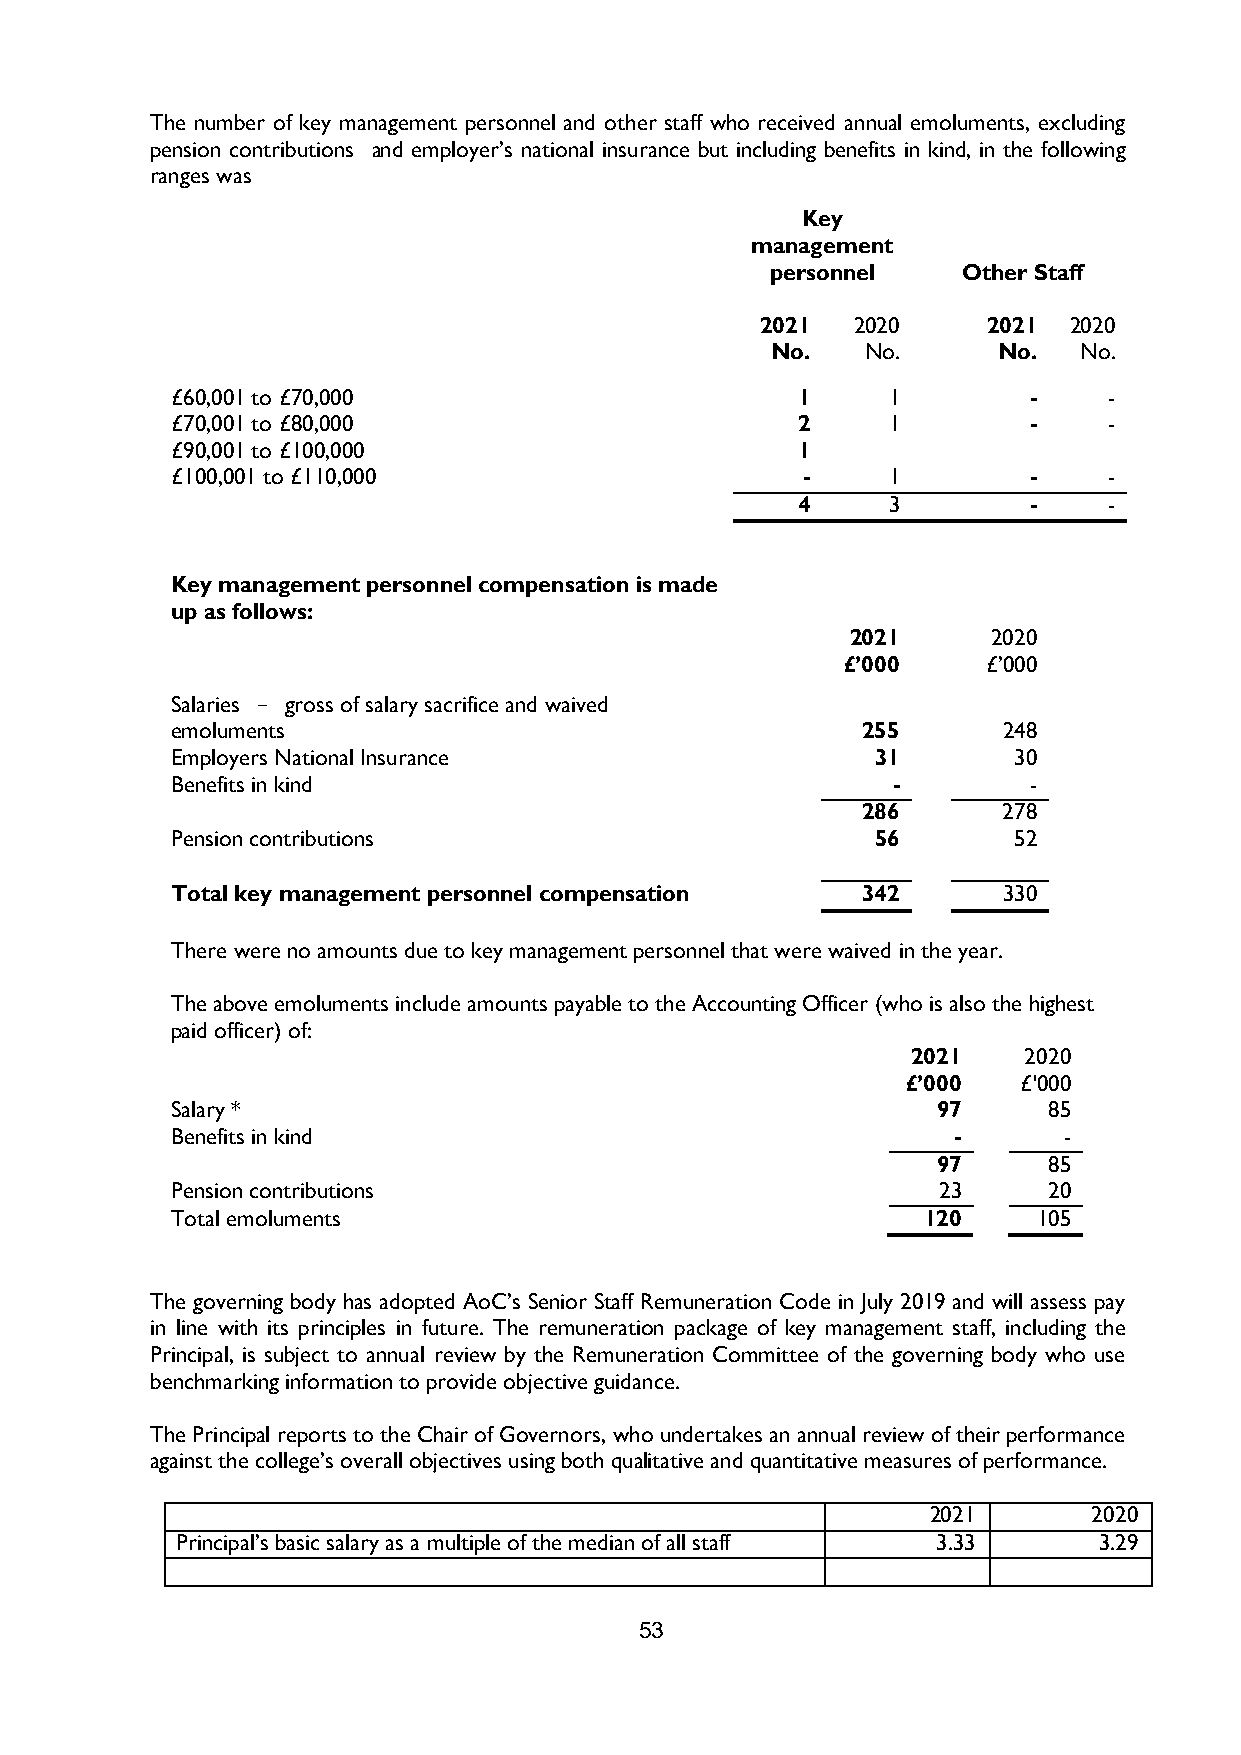
The number of key management personnel and other staff who received annual emoluments, excluding
 pension contributions and employer’s national insurance but including benefits in kind, in the following
 ranges was
 Key
 management
 personnel    Other Staff
 2021   2020    2021  2020
 No.   No.      No.  No.
 £60,001 to £70,000                        1     1        -    -
 £70,001 to £80,000                        2     1        -    -
 £90,001 to £100,000                       1
 £100,001 to £110,000                      -     1        -    -
 4     3        -    -
 Key management personnel compensation is made
 up as follows:
 2021      2020
 £’000    £’000
 Salaries - gross of salary sacrifice and waived
 emoluments                                    255      248
 Employers National Insurance                   31       30
 Benefits in kind                                -        -
 286      278
 Pension contributions                          56       52
 Total key management personnel compensation   342      330
 There were no amounts due to key management personnel that were waived in the year.
 The above emoluments include amounts payable to the Accounting Officer (who is also the highest
 paid officer) of:
 2021    2020
 £’000   £'000
 Salary *                                           97     85
 Benefits in kind                                    -      -
 97     85
 Pension contributions                              23     20
 Total emoluments                                  120     105
 The governing body has adopted AoC’s Senior Staff Remuneration Code in July 2019 and will assess pay
 in line with its principles in future. The remuneration package of key management staff, including the
 Principal, is subject to annual review by the Remuneration Committee of the governing body who use
 benchmarking information to provide objective guidance.
 The Principal reports to the Chair of Governors, who undertakes an annual review of their performance
 against the college’s overall objectives using both qualitative and quantitative measures of performance.
 2021      2020
 Principal’s basic salary as a multiple of the median of all staff 3.33 3.29
 53